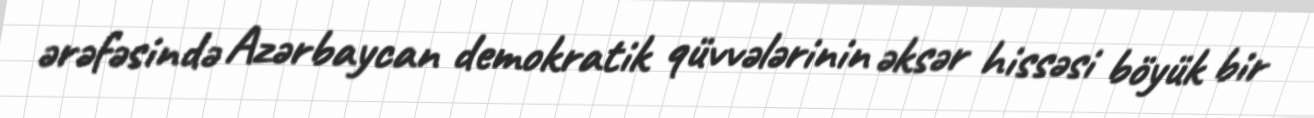
ərəfəsində Azərbaycan demokratik qüvvələrinin əksər hissəsi böyük bir